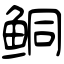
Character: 鲖